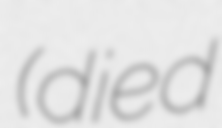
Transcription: (died